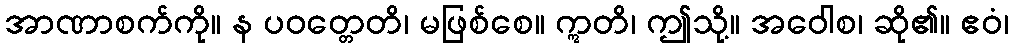
အာဏာစက်ကို။ န ပဝတ္တေတိ၊ မဖြစ်စေ။ ဣတိ၊ ဤသို့။ အဝေါစ၊ ဆို၏။ ဧဝံ၊